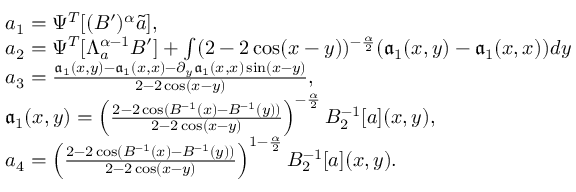
\begin{array} { r l } & { a _ { 1 } = \Psi ^ { T } [ ( B ^ { \prime } ) ^ { \alpha } \tilde { a } ] , } \\ & { a _ { 2 } = \Psi ^ { T } [ \Lambda _ { a } ^ { \alpha - 1 } B ^ { \prime } ] + \int ( 2 - 2 \cos ( x - y ) ) ^ { - \frac { \alpha } { 2 } } ( \mathfrak { a } _ { 1 } ( x , y ) - \mathfrak { a } _ { 1 } ( x , x ) ) d y } \\ & { a _ { 3 } = \frac { \mathfrak { a } _ { 1 } ( x , y ) - \mathfrak { a } _ { 1 } ( x , x ) - \partial _ { y } \mathfrak { a } _ { 1 } ( x , x ) \sin ( x - y ) } { 2 - 2 \cos ( x - y ) } , } \\ & { \mathfrak { a } _ { 1 } ( x , y ) = \left( \frac { 2 - 2 \cos ( B ^ { - 1 } ( x ) - B ^ { - 1 } ( y ) ) } { 2 - 2 \cos ( x - y ) } \right) ^ { - \frac { \alpha } { 2 } } B _ { 2 } ^ { - 1 } [ a ] ( x , y ) , } \\ & { a _ { 4 } = \left( \frac { 2 - 2 \cos ( B ^ { - 1 } ( x ) - B ^ { - 1 } ( y ) ) } { 2 - 2 \cos ( x - y ) } \right) ^ { 1 - \frac { \alpha } { 2 } } B _ { 2 } ^ { - 1 } [ a ] ( x , y ) . } \end{array}